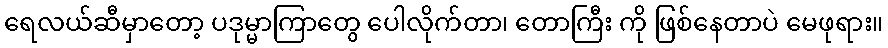
ရေလယ်ဆီမှာတော့ ပဒုမ္မာကြာတွေ ပေါလိုက်တာ၊ တောကြီး ကို ဖြစ်နေတာပဲ မေဖုရား။